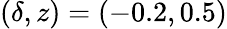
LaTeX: (\delta,z)=(-0.2,0.5)